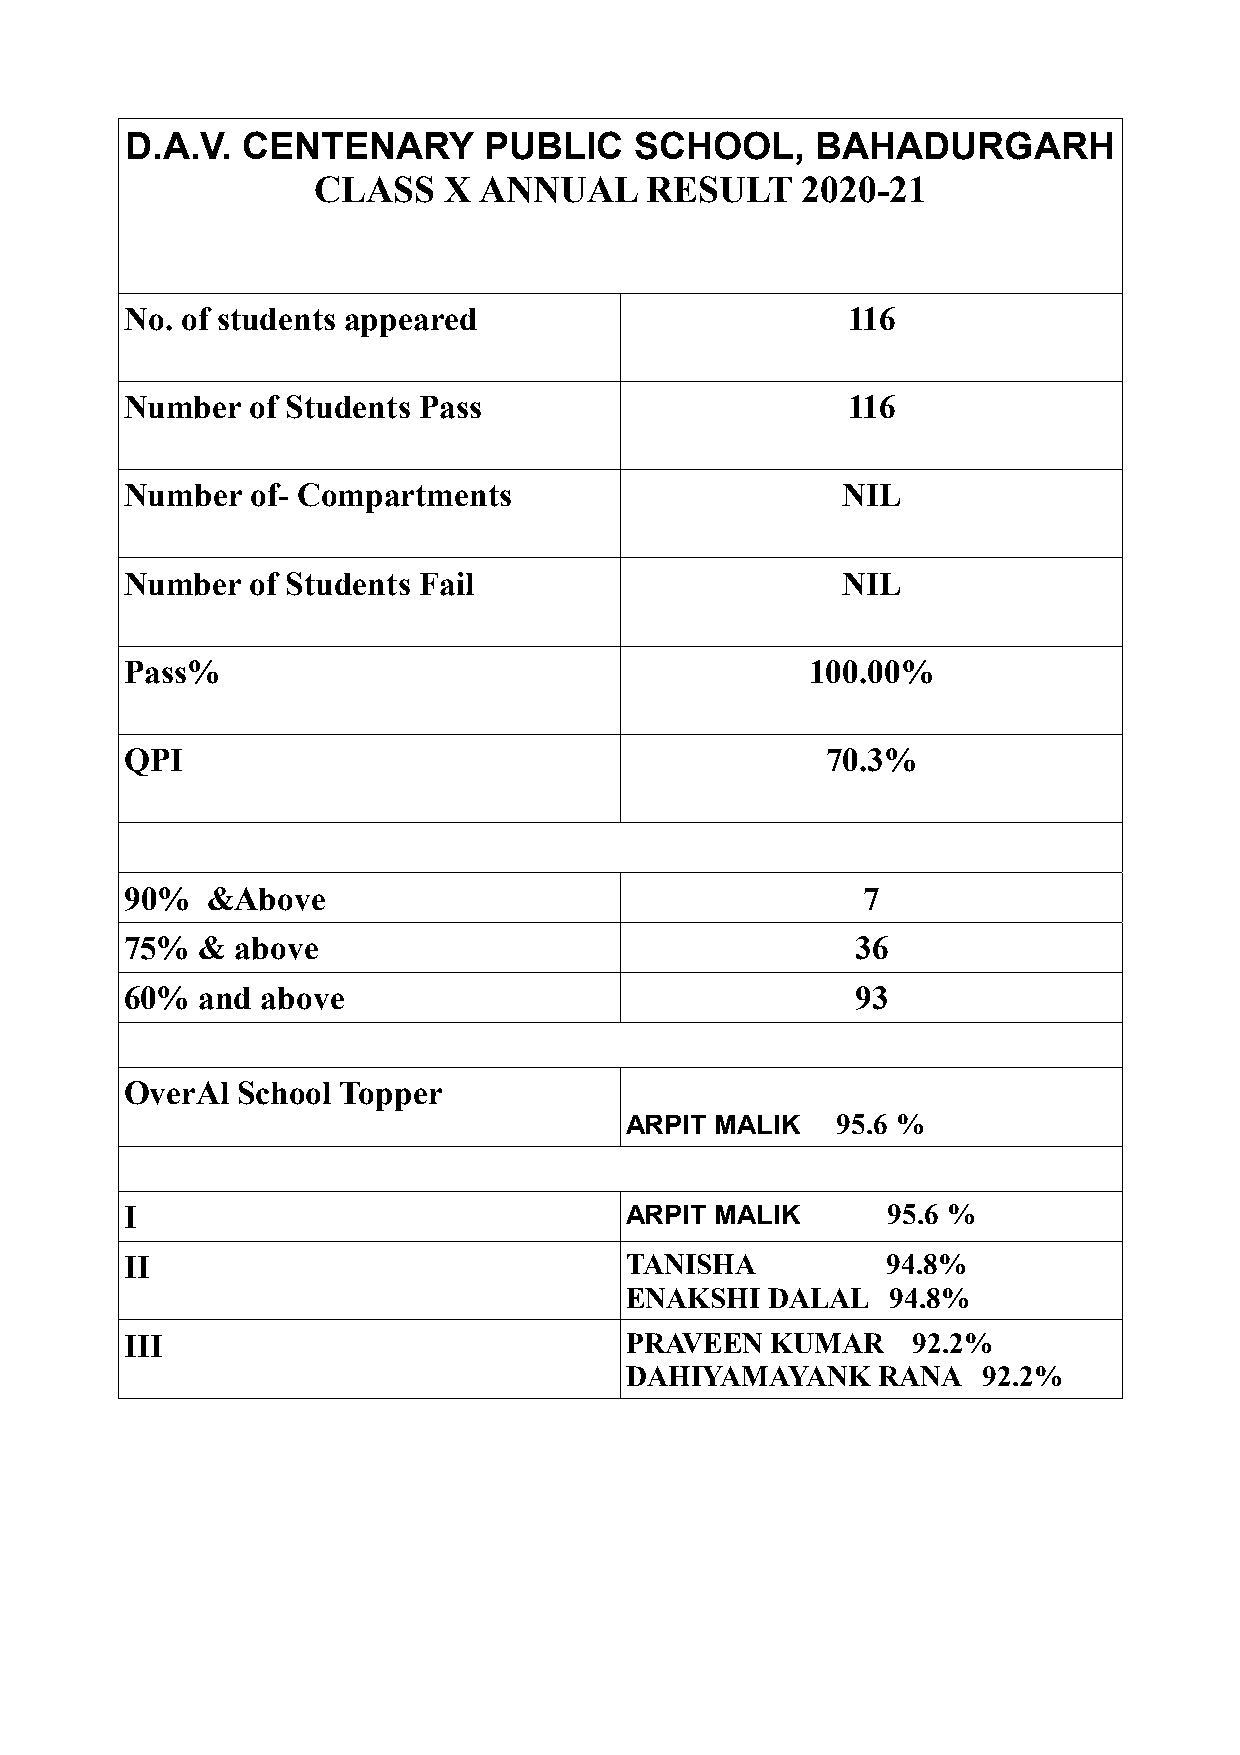
D.A.V.  CENTENARY       PUBLIC    SCHOOL,     BAHADURGARH
 CLASS   X  ANNUAL     RESULT    2020-21
 No. of students appeared                        116
 Number   of Students Pass                       116
 Number   of- Compartments                       NIL
 Number   of Students Fail                       NIL
 Pass%                                         100.00%
 QPI                                            70.3%
 90%   &Above                                     7
 75%  &  above                                    36
 60%  and above                                   93
 OverAl  School Topper
 ARPIT MALIK   95.6 %
 I                                ARPIT MALIK       95.6 %
 II                               TANISHA           94.8%
 ENAKSHI   DALAL   94.8%
 III                              PRAVEEN   KUMAR    92.2%
 DAHIYAMAYANK     RANA   92.2%